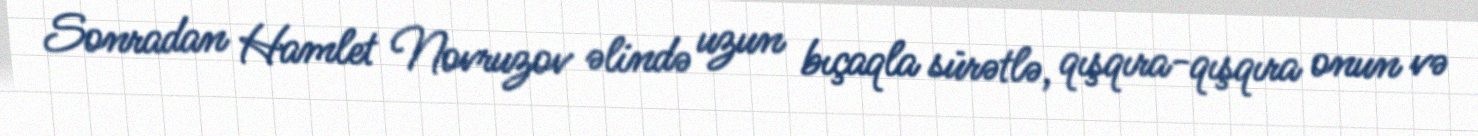
Sonradan Hamlet Novruzov əlində uzun bıçaqla sürətlə, qışqıra-qışqıra onun və